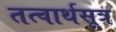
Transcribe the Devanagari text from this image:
तत्वार्थसूत्र